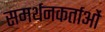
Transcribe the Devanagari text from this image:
समर्थनकर्ताओं